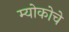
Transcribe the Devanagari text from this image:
म्योकोचे